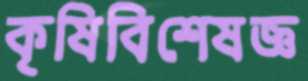
কৃষিবিশেষজ্ঞ